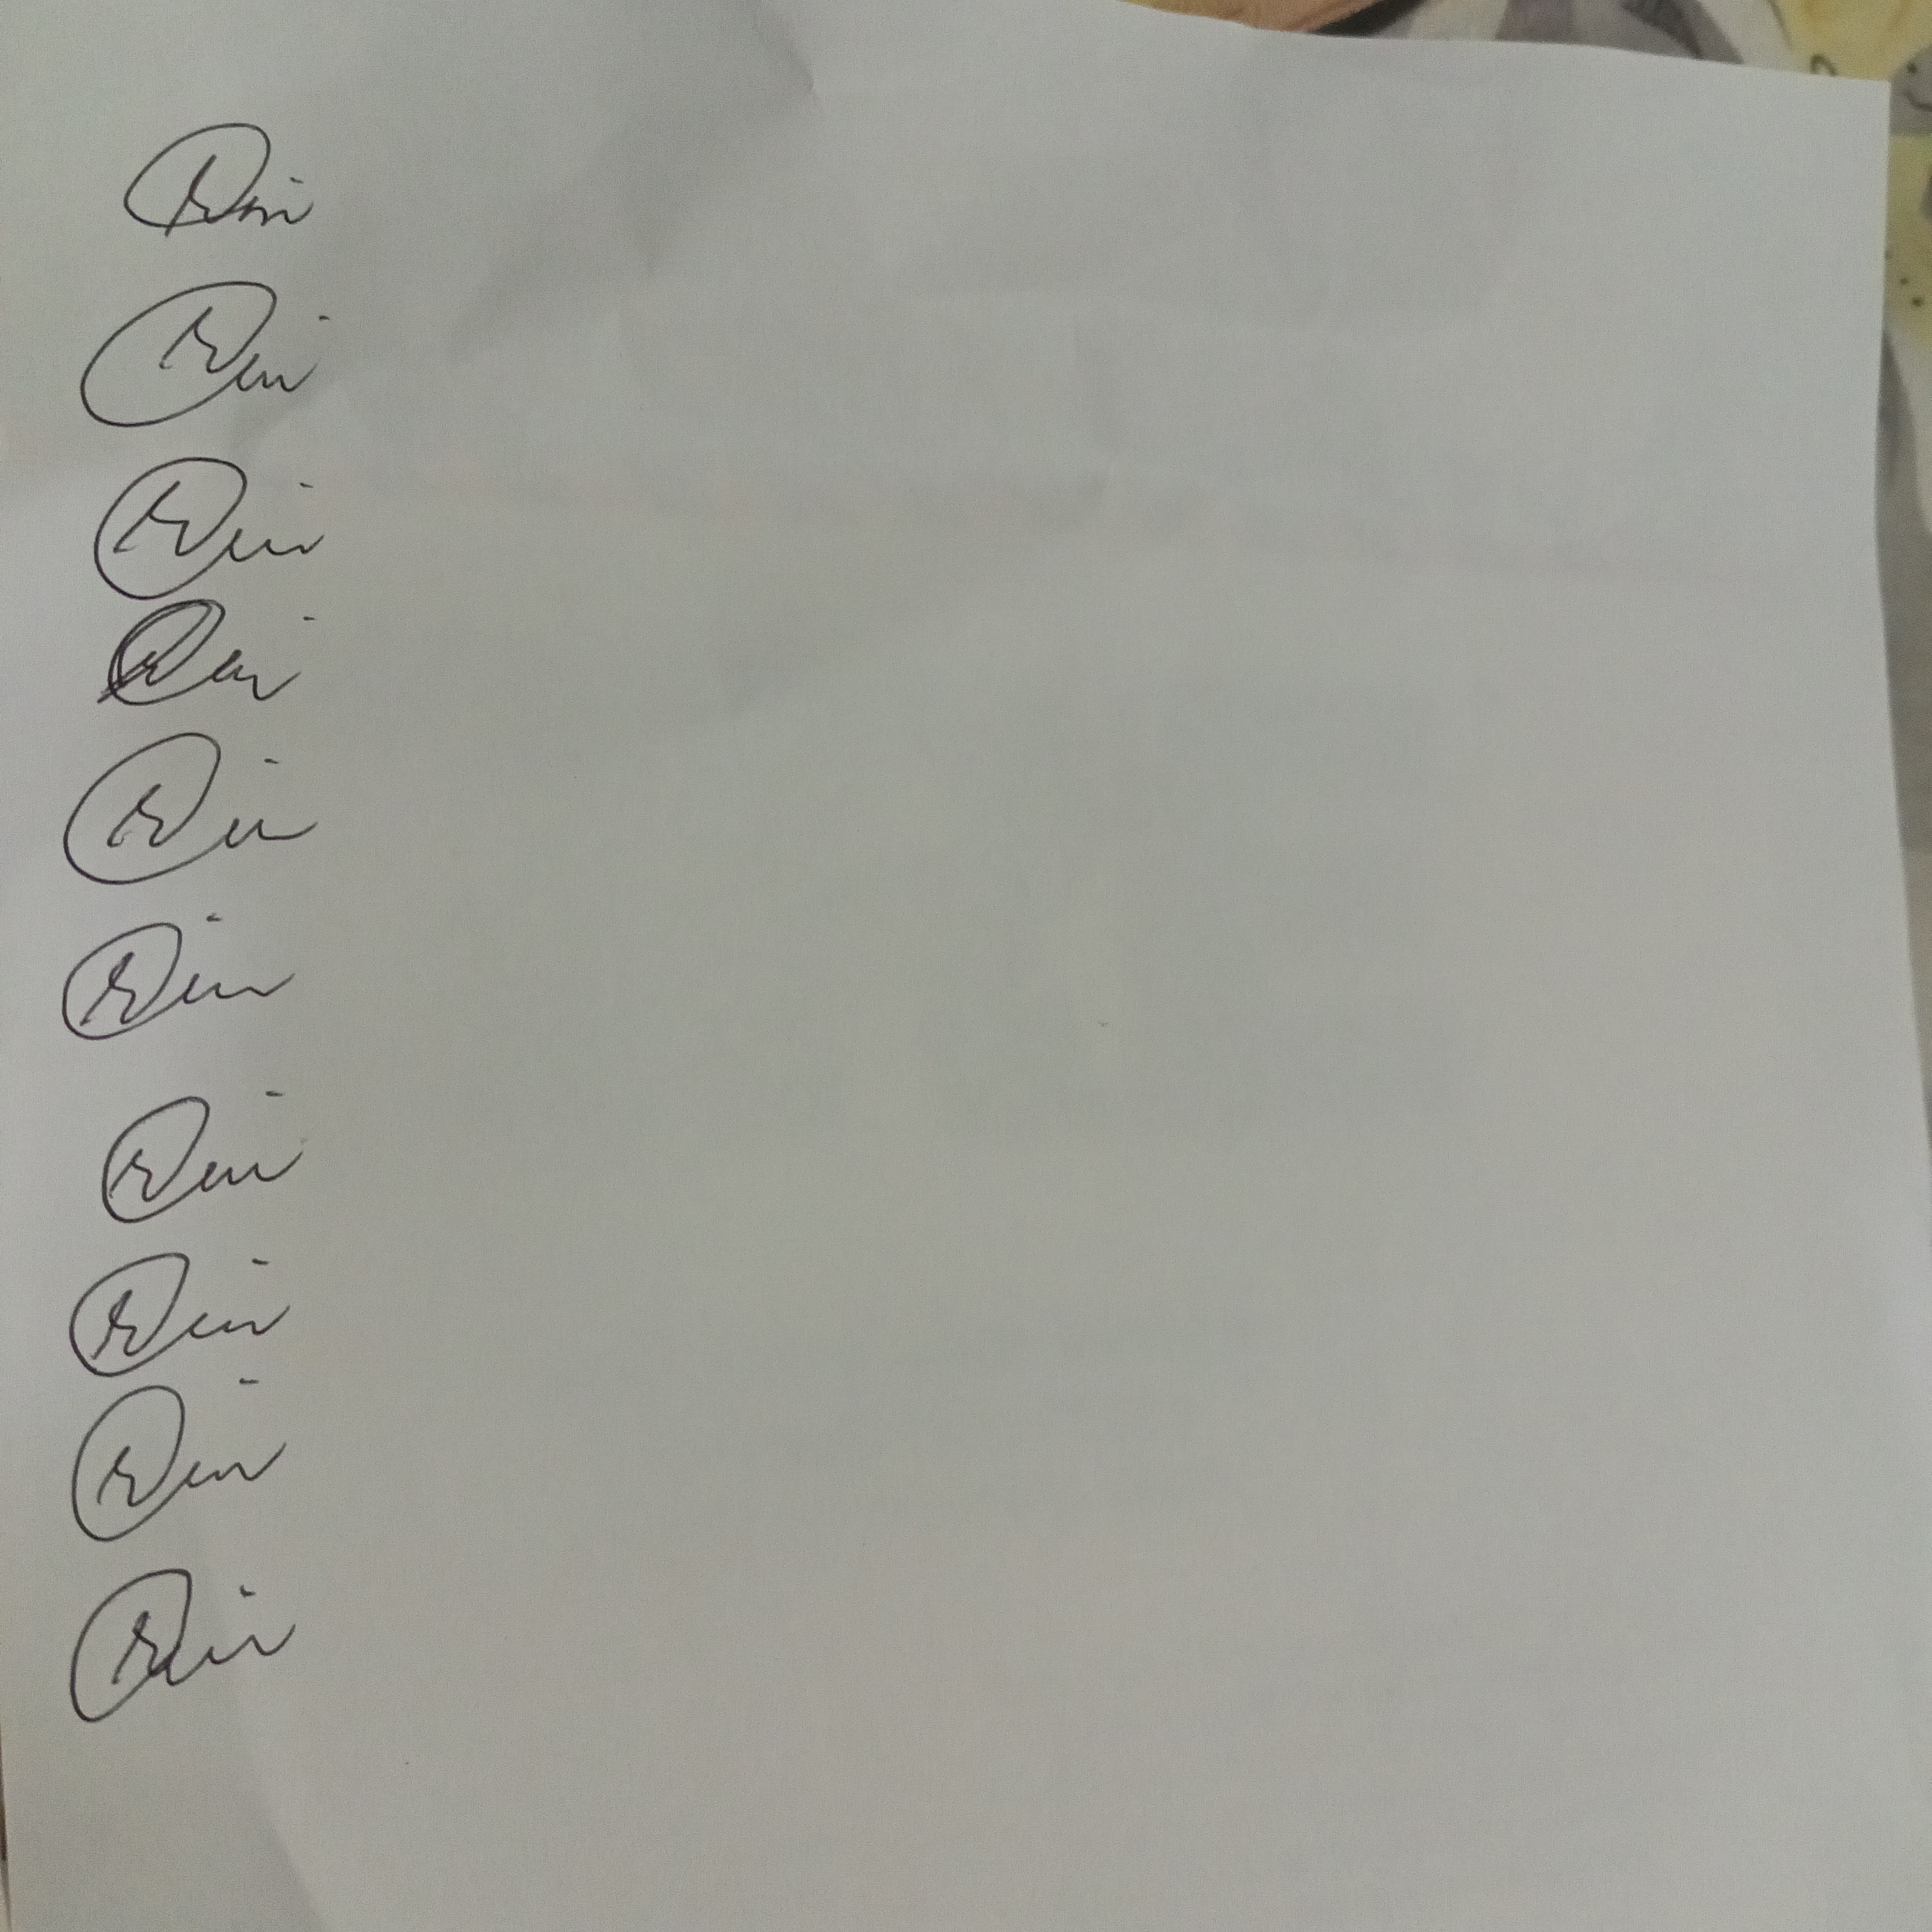
Signature authenticity: genuine